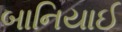
બાનિયાઈ